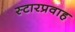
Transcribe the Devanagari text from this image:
स्टारप्रवाह